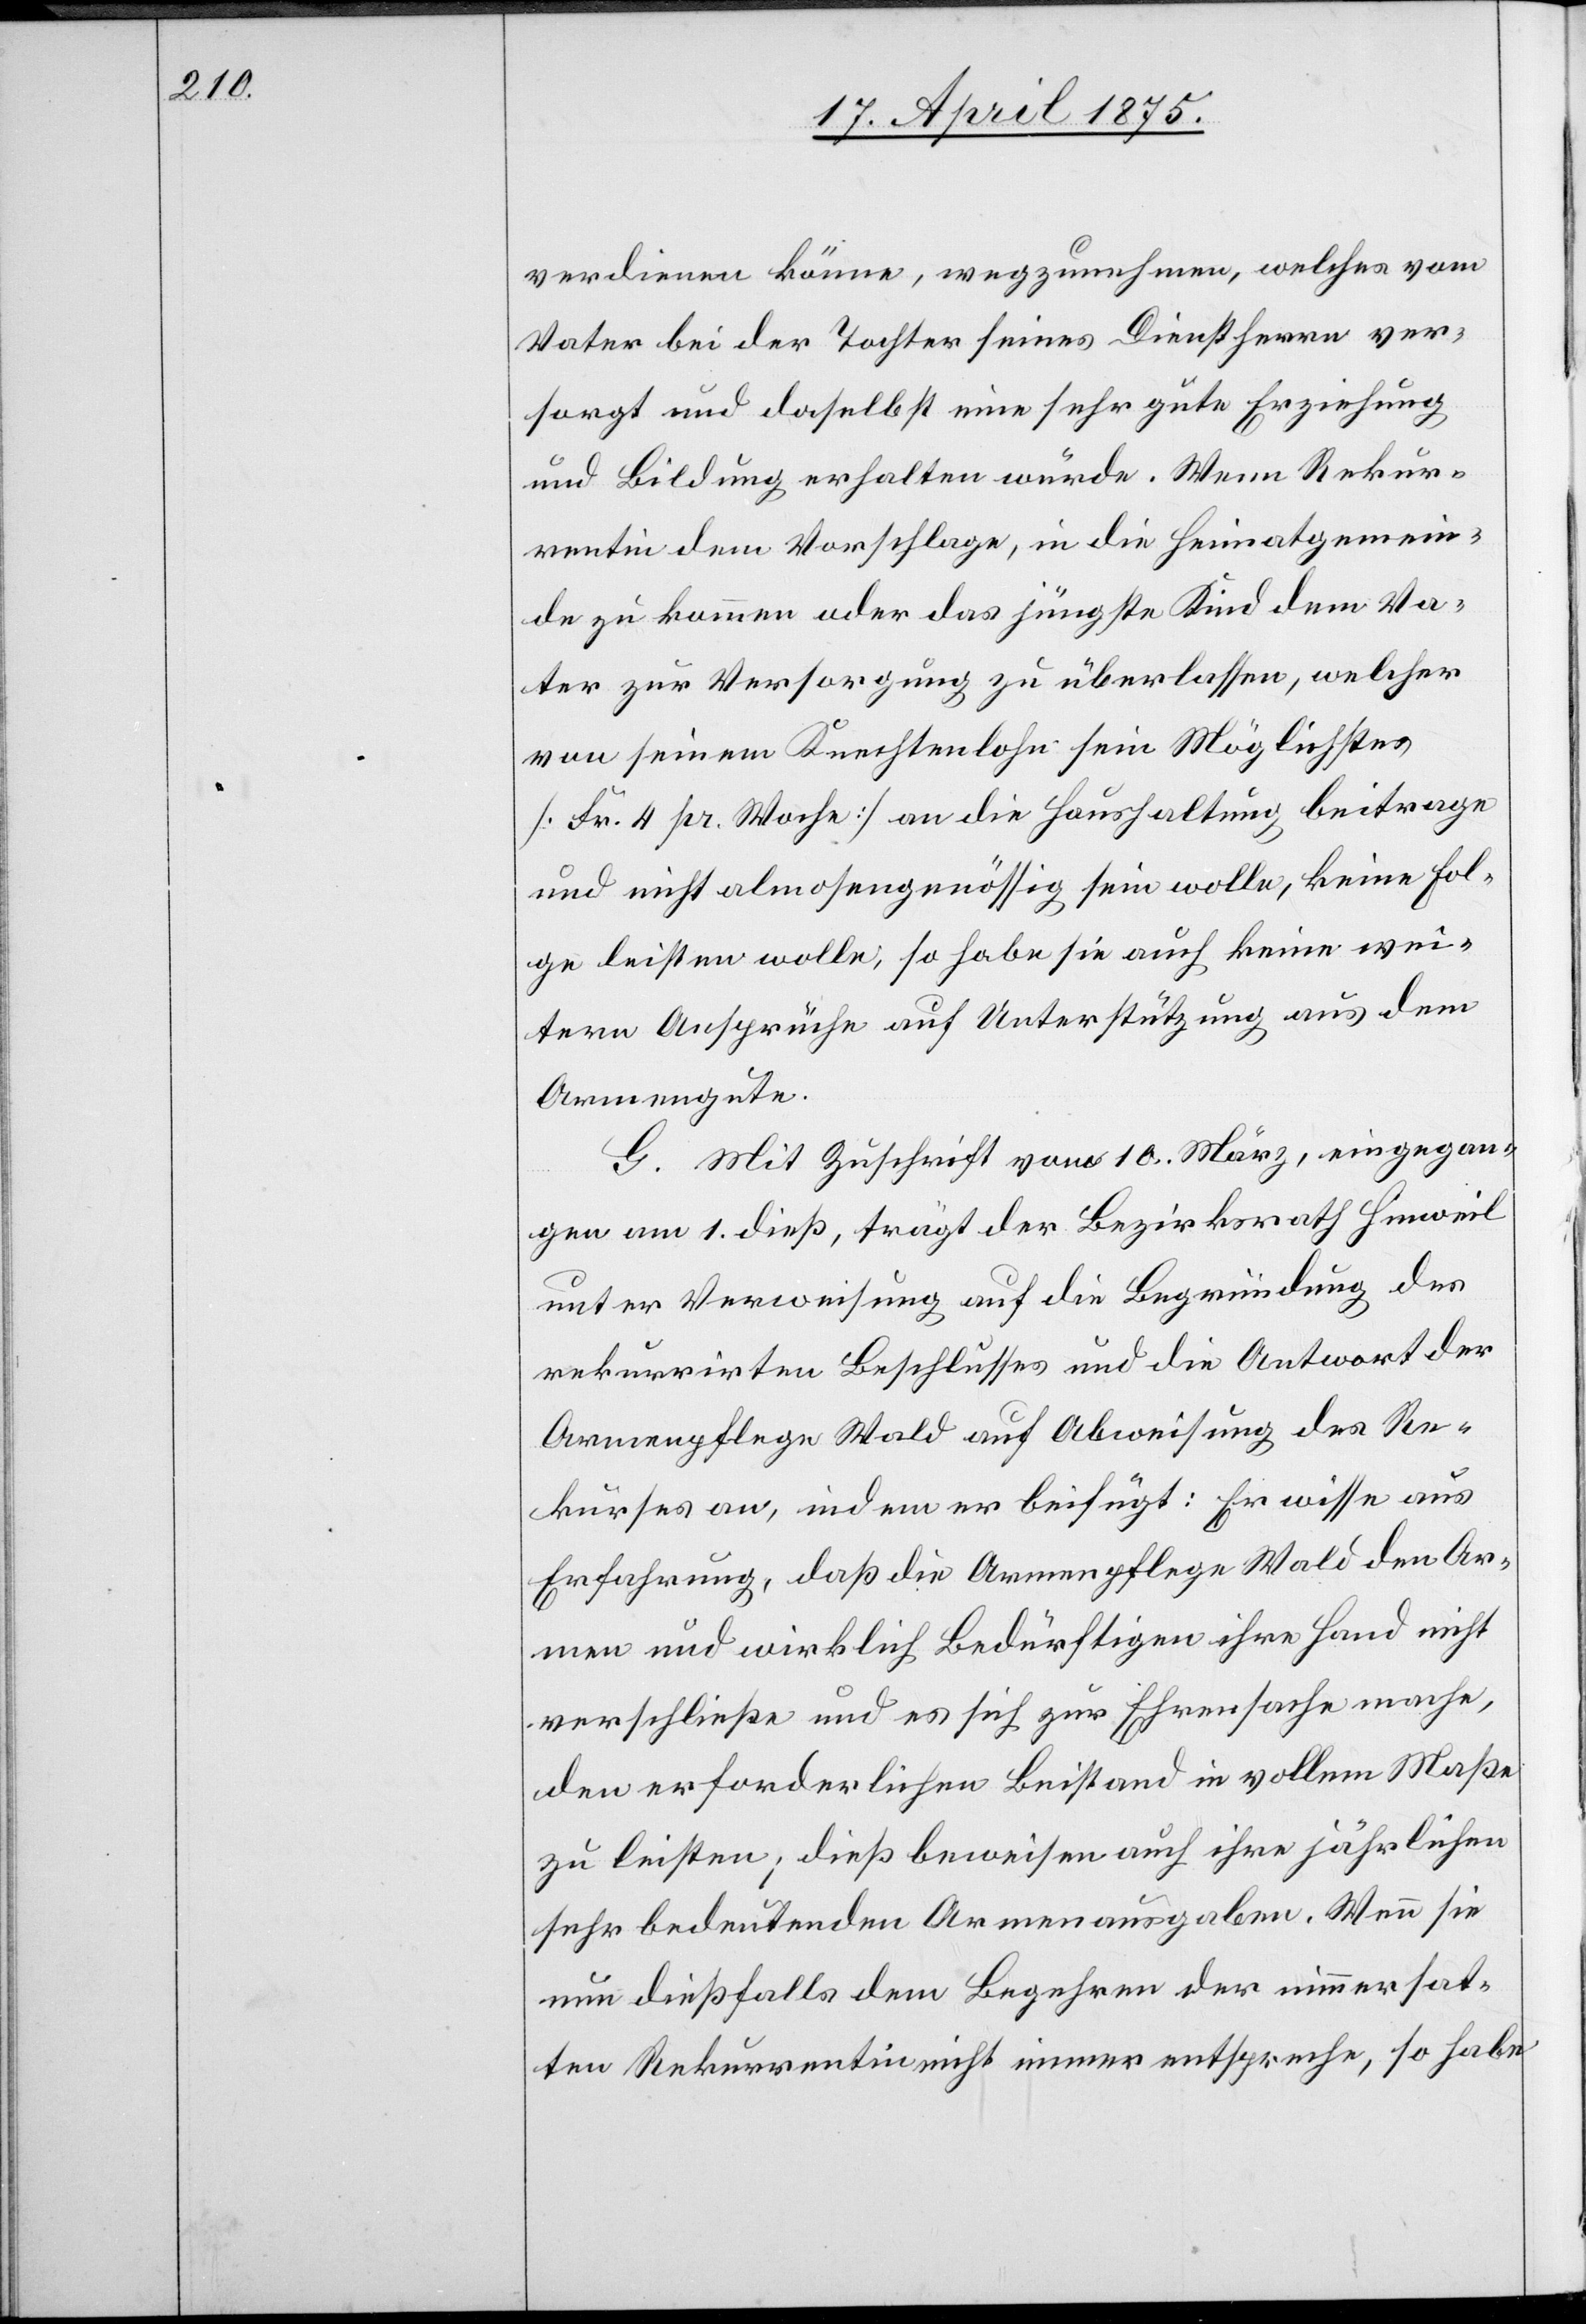
verdienen könne, wegzunehmen, welches vom
Vater bei der Tochter seines Dienstherrn ver¬
sorgt und daselbst eine sehr gute Erziehung
und Bildung erhalten würde. Wenn Rekur¬
rentin dem Vorschlage, in die Heimatgemein¬
de zu kommen oder das jüngste Kind dem Va¬
ter zur Versorgung zu überlassen, welcher
von seinem Knechtenlohn sein Möglichstes
[Fr. 4 pr. Woche] an die Haushaltung beitrage
und nicht almosengenössig sein wolle, keine Fol¬
ge leisten wolle, so habe sie auch keine wei¬
tern Ansprüche auf Unterstützung aus dem
Armengute.
G. Mit Zuschrift vom 10. März, eingegan¬
gen am 1. dieß, trägt der Bezirksrath Hinweil
unter Verweisung auf die Begründung des
rekurrirten Beschlusses und die Antwort der
Armenpflege Wald auf Abweisung des Re¬
kurses an, in dem er beifügt: Er wisse aus
Erfahrung, daß die Armenpflege Wald den Ar¬
men und wirklich Bedürftigen ihre Hand nicht
verschließe und es sich zu Ehrensache mache,
den erforderlichen Beistand in vollem Maße
zu leisten; dieß beweisen auch ihre jährlichen
sehr bedeutenden Armenausgaben. Wenn sie
nun dießfalls dem Begehren der nimmersat¬
ten Rekurrentin nicht immer entspreche, so habe